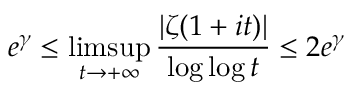
e ^ { \gamma } \leq \operatorname* { l i m s u p } _ { t \rightarrow + \infty } { \frac { | \zeta ( 1 + i t ) | } { \log \log t } } \leq 2 e ^ { \gamma }